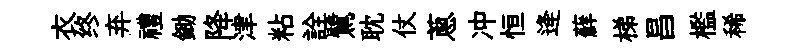
衣终弃禮鋤降津粘詮鷺耽仗蔥冲恒逄蘚梯昌檻稀